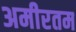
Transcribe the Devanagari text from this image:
अमीरतम